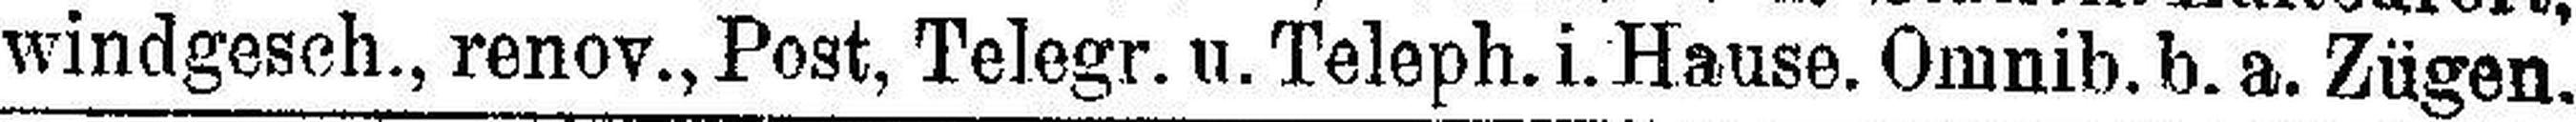
windgesch., renov., Post, Telegr. u. Teleph. i. Hause. Omnib. b. a. Zügen.